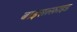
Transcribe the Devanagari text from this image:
बाइसल्फ़ाइड